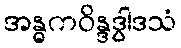
အန္ဓကဝိန္ဒဒွါဒသံ